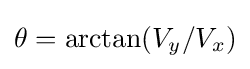
\theta =\arctan(V_{y}/V_{x})